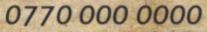
0770 000 0000